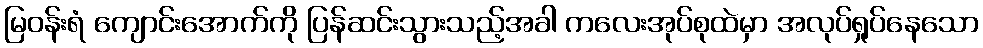
မြဝန်းရံ ကျောင်းအောက်ကို ပြန်ဆင်းသွားသည့်အခါ ကလေးအုပ်စုထဲမှာ အလုပ်ရှုပ်နေသော